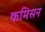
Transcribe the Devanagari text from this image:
कमिसन